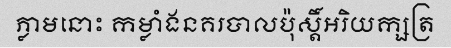
ភ្លាមនោះ កម្លាំងនគរបាលប៉ុស្តិ៍អរិយក្សត្រ